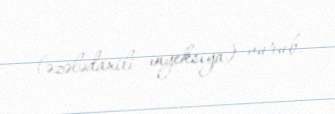
(əzələdaxili inyeksiya) vurub.